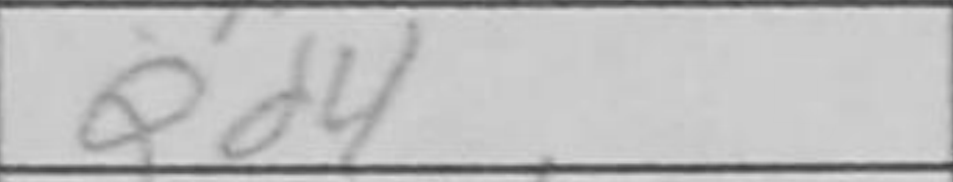
Transcription: Qd4